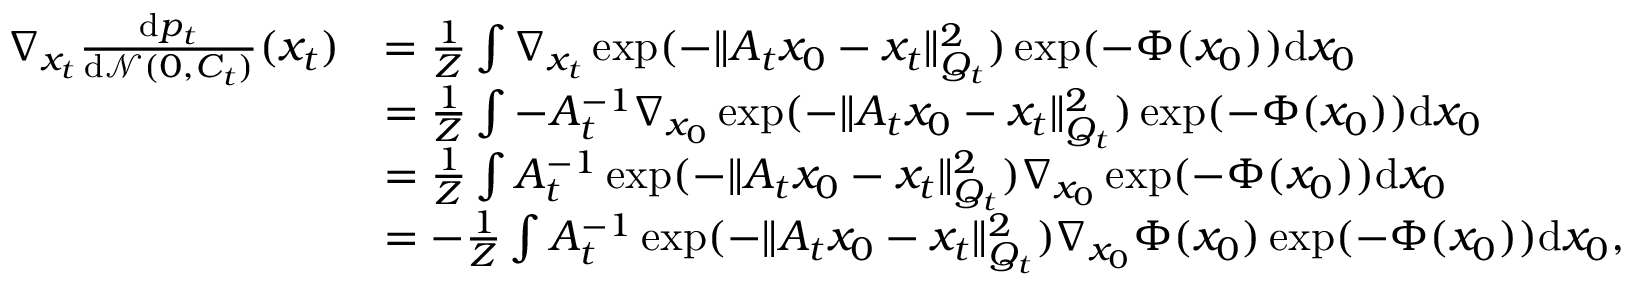
\begin{array} { r l } { \nabla _ { x _ { t } } \frac { \mathrm { d } p _ { t } } { \mathrm { d } \mathcal { N } ( 0 , C _ { t } ) } ( x _ { t } ) } & { = \frac { 1 } { Z } \int \nabla _ { x _ { t } } \exp ( - \| A _ { t } x _ { 0 } - x _ { t } \| _ { Q _ { t } } ^ { 2 } ) \exp ( - \Phi ( x _ { 0 } ) ) \mathrm { d } x _ { 0 } } \\ & { = \frac { 1 } { Z } \int - A _ { t } ^ { - 1 } \nabla _ { x _ { 0 } } \exp ( - \| A _ { t } x _ { 0 } - x _ { t } \| _ { Q _ { t } } ^ { 2 } ) \exp ( - \Phi ( x _ { 0 } ) ) \mathrm { d } x _ { 0 } } \\ & { = \frac { 1 } { Z } \int A _ { t } ^ { - 1 } \exp ( - \| A _ { t } x _ { 0 } - x _ { t } \| _ { Q _ { t } } ^ { 2 } ) \nabla _ { x _ { 0 } } \exp ( - \Phi ( x _ { 0 } ) ) \mathrm { d } x _ { 0 } } \\ & { = - \frac { 1 } { Z } \int A _ { t } ^ { - 1 } \exp ( - \| A _ { t } x _ { 0 } - x _ { t } \| _ { Q _ { t } } ^ { 2 } ) \nabla _ { x _ { 0 } } \Phi ( x _ { 0 } ) \exp ( - \Phi ( x _ { 0 } ) ) \mathrm { d } x _ { 0 } , } \end{array}